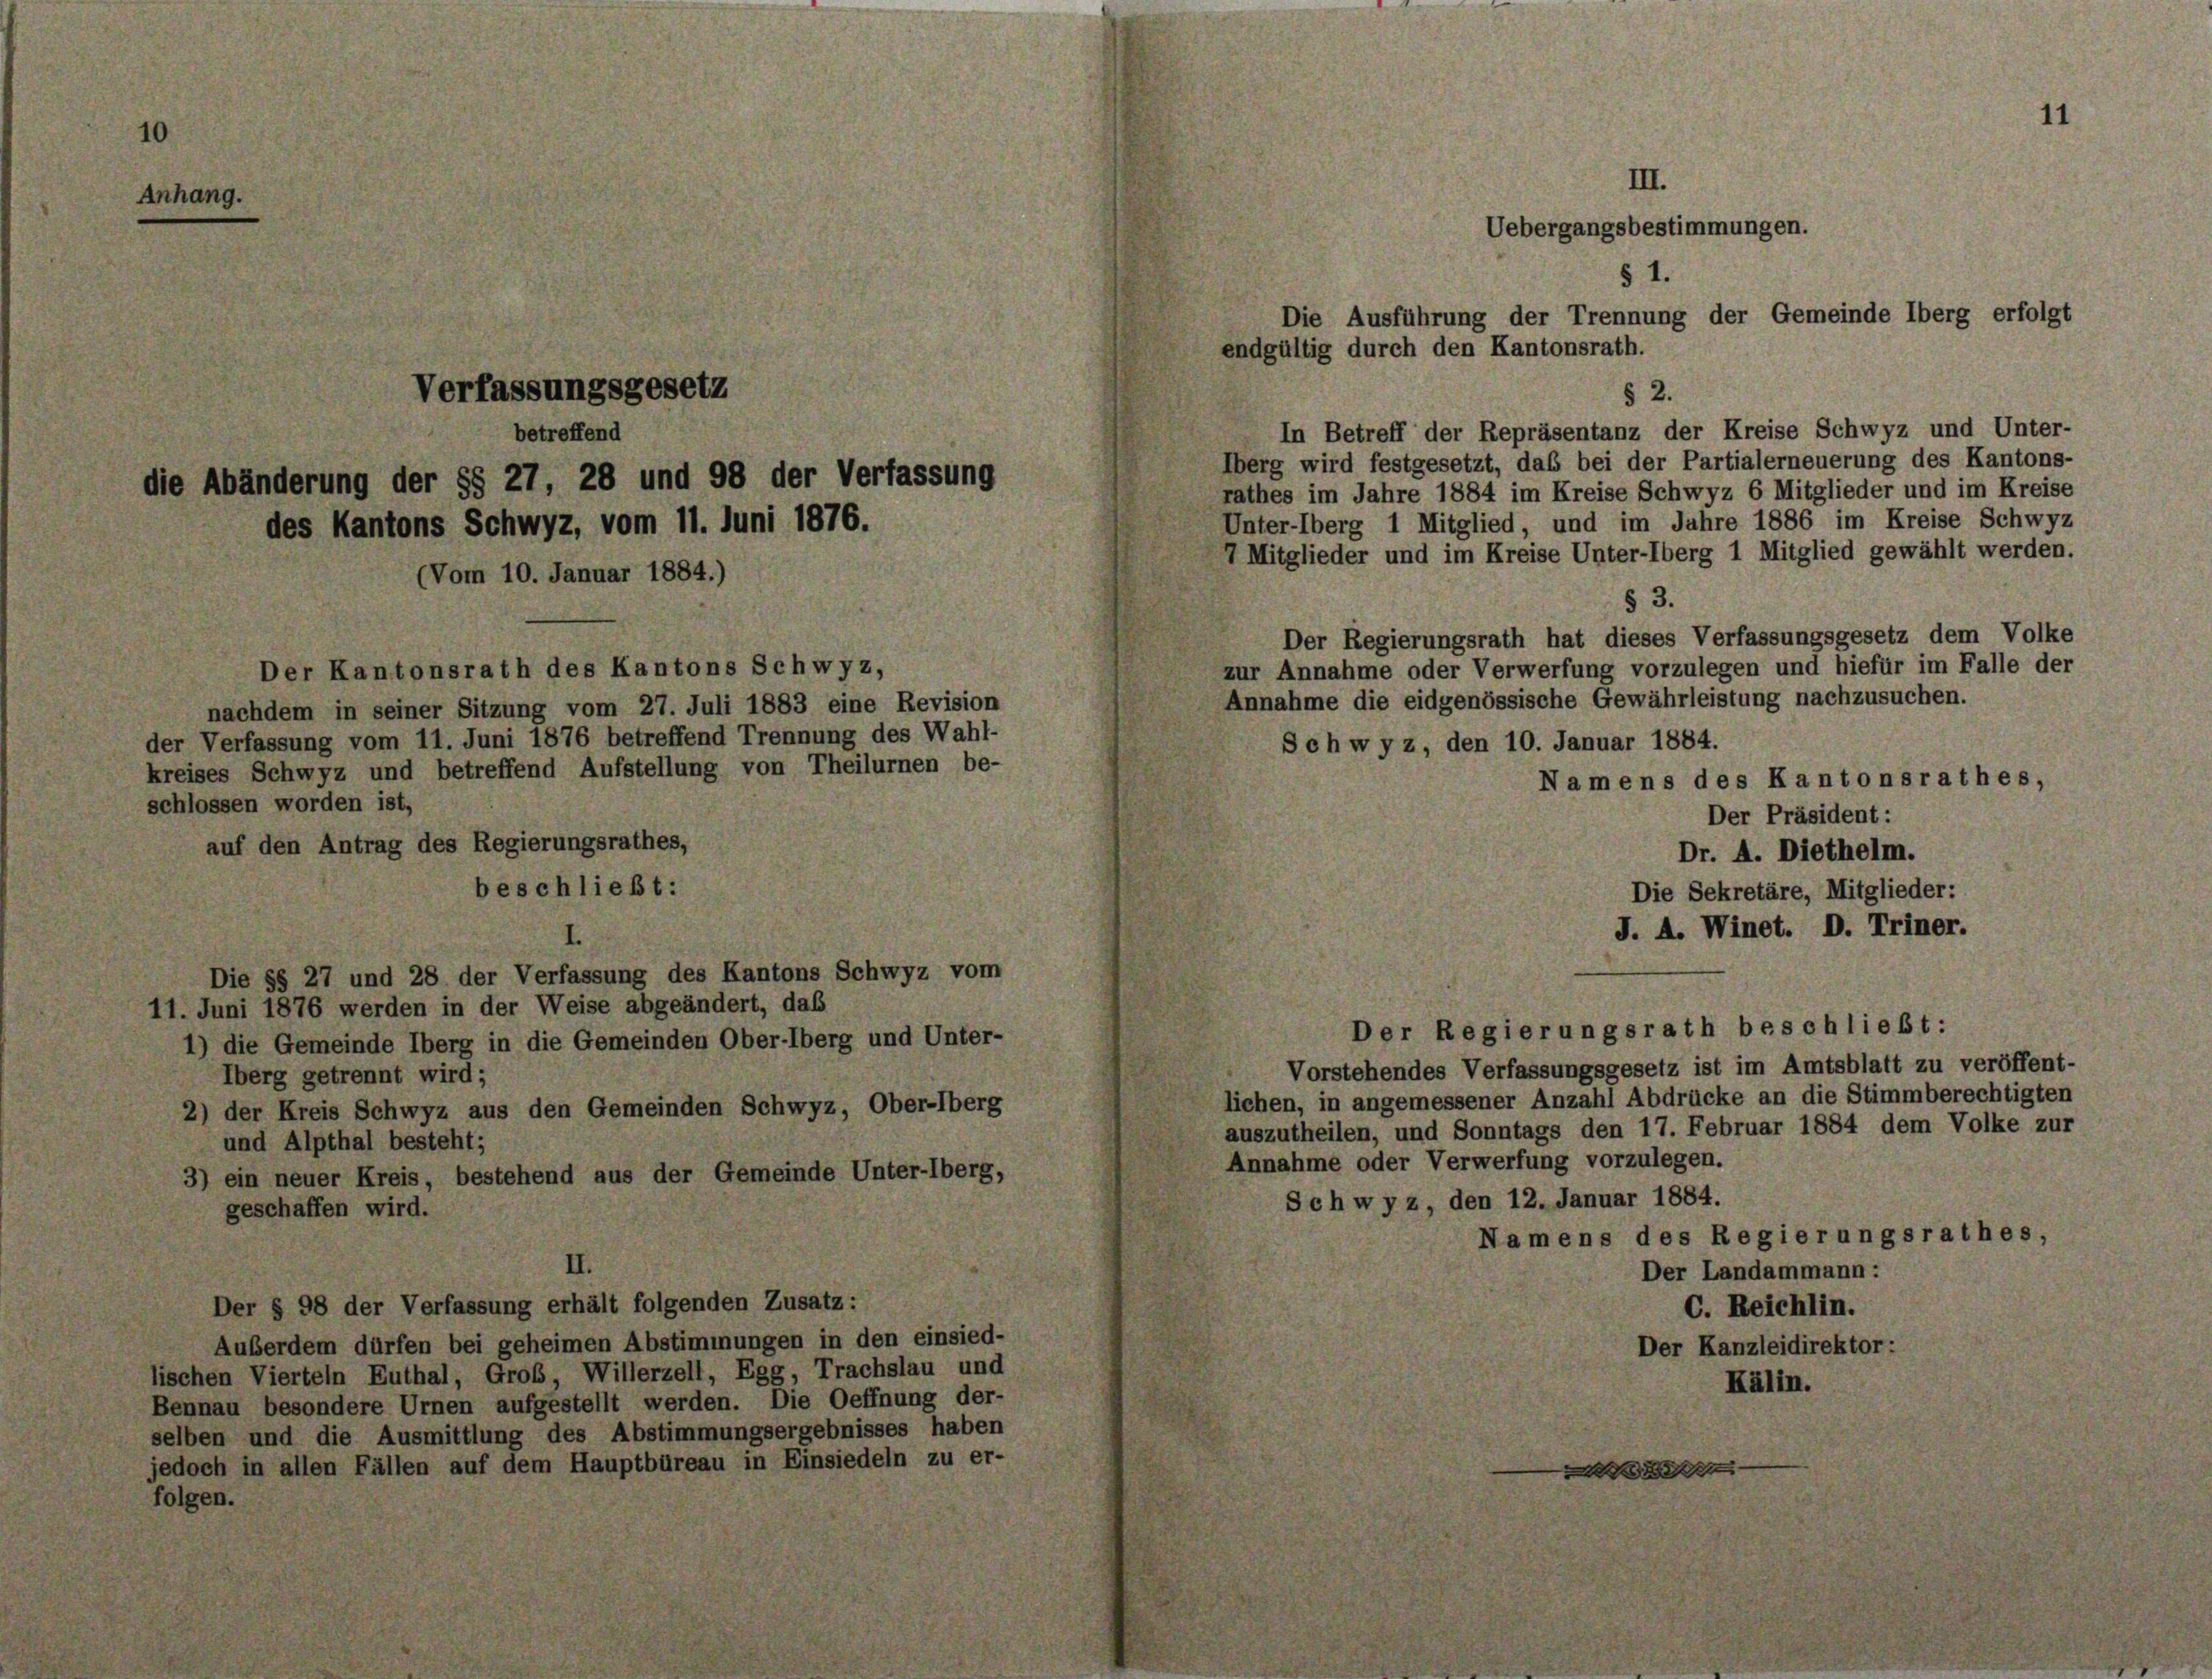
1

ung der §§ 27, 28 und 98 der Verfa
Kantons Schwyz, vom 11. Juni 1876.

nachdem in seiner Sitzung vom 27. Juli 1883 eine Revision
der Verfassung vom 11. Juni 1876 betreffend Trennung des Wahl-
kreises Schwyz und betreffend Aufstellung vo
schlossen worden ist,
auf den Antrag des Regierungsrathes,
beschließt:

Der Kantonsrath des Kantons Schwyz,

Die §§ 27 und 28 der Verfassung des Kant
11. Juni 1876 werden in der Weise abgeändert,
1) die Gemeinde Iberg in die Gemeinden Ober
Überg getrennt wird;
2) der Kreis Schwyz aus den Gemeinden Sc
und Alpthal besteht;
3) ein neuer Kreis, bestehend aus der Gem
geschaffen wird.

Der § 98 der Verfassung erhält folgenden Zust
Außerdem dürfen bei geheimen Abstimmungen
hen Vierteln Euthal, Grob, Willerzell, Egg,
nau besondere Urnen aufgestellt werden. Die
en und die Ausmittlung des Abstimmungserg
och in allen Fällen auf dem Hauptbüreau in K.

10. Ja

ar 1884

inde Ur

s

III.
Uebergangsbestimmungen.
§ 1.
Die Ausführung der Trennung der Gemeinde Iberg erfolgt
gültig durch den Kantonsrath.

§ 2.
In Betreff der Repräsentanz der Kreise Schwyz und Unter-
Iberg wird festgesetzt, daß bei der Partialerneuerung des Kantons-
rathes im Jahre 1884 im Kreise Schwyz 6 Mitglieder und im Kreise
Unter-Oberg 1 Mitglied, und im Jahre 1886 im Kreise Schwyz
7 Mitglieder und im Kreise Unter-Oberg 1 Mitglied gewählt werden.
§ 3.
Der Regierungsrath hat dieses Verfassungsgesetz dem Volke
zur Annahme oder Verwerfung vorzulegen und hiefür im Falle der
Annahme die eidgenössische Gewährleistung nachzusuchen.
Schwyz, den 10. Januar 1884.
Namens des Kantonsrathes,
Der Präsident:
Dr. A. Diethelm.
Die Sekretäre, Mitglieder:
J. A. Winet. D. Triner.

Vorstehendes Verfassungsgesetz ist im Amtsblatt zu veröffent-
lichen, in angemessener Anzahl Abdrücke an die Stimmberechtigten
auszutheilen, und Sonntags den 17. Februar 1884 dem Volke zur
Annahme oder Verwerfung vorzulegen.
Schwyz, den 12. Januar 1884.
Namens des Regierungsrathes,
Der Landammann:
C. Reichlin.
Der Kanzleidirektor :
Kälin.

Der Regierungsrath beschließt: